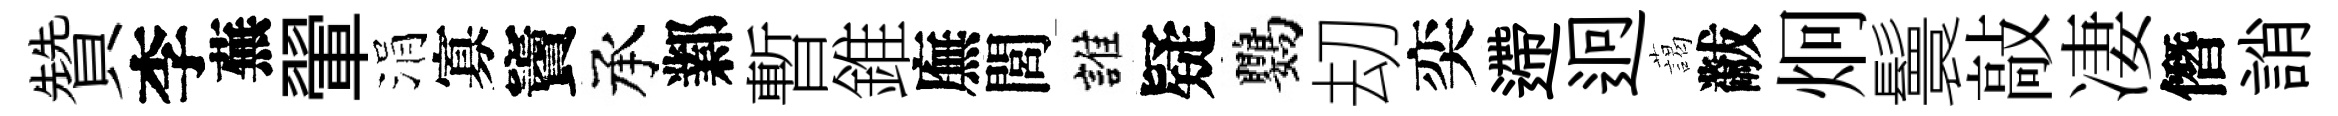
贊李蕪翬涓寡竇承鄴暫錐廡閭誰疑鸚刧奕遰迥藹黻炯鬟敲凄僭誚